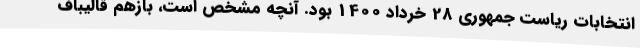
انتخابات ریاست جمهوری 28 خرداد 1400 بود. آنچه مشخص است، بازهم قالیباف